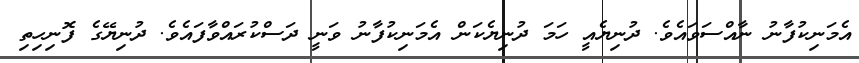
އެމަނިކުފާނު ނާއްސަވައެވެ. ދުނިޔެއީ ހަމަ ދުނިޔެކަން އެމަނިކުފާނު ވަނީ ދަސްކުރައްވާފައެވެ. ދުނިޔޭގެ ފޮނިހިތި